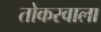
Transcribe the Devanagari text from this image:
तोकरवाला